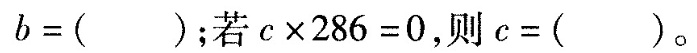
$$ b=() $$；若$$c \times286=0 $$，则$$ c=() $$。